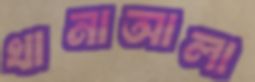
খানাআলা